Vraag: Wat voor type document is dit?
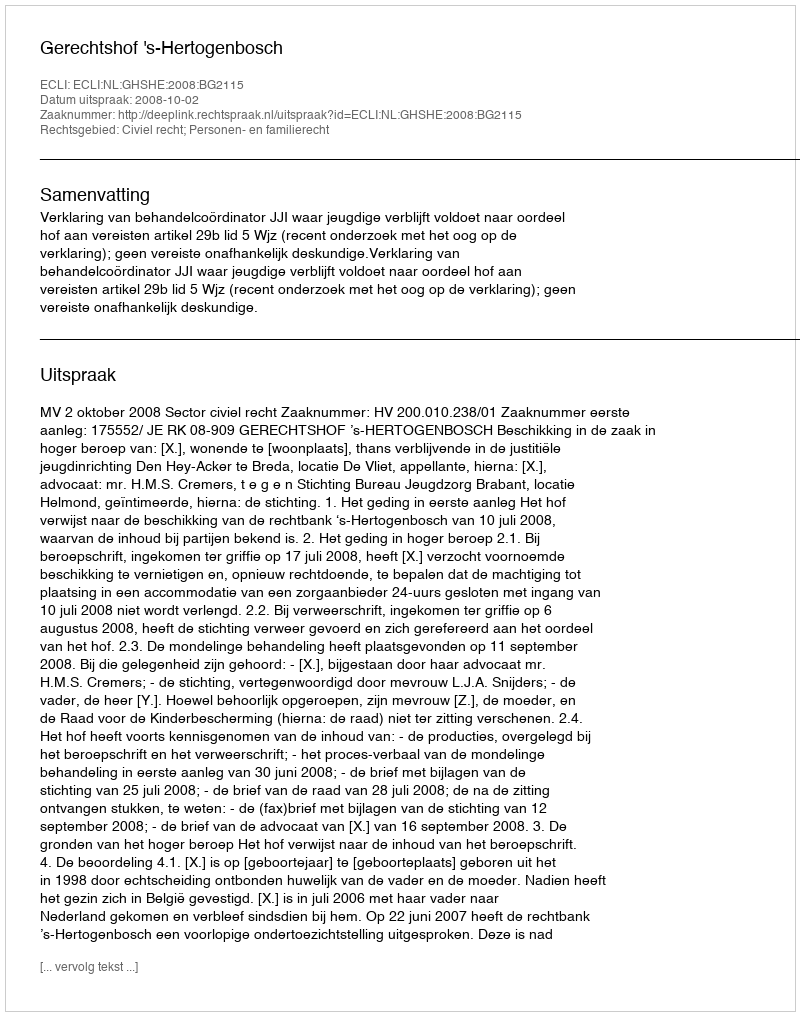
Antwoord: Uitspraak